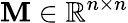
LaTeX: \mathbf{M}\in\mathbb{R}^{n\times n}